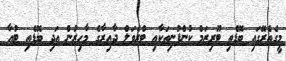
މީގެތެރޭގައި ބޮޑެތި ޓޫރިޒަމް ކުންފުނިތަކާއި ޓްރެވަލް ދާއިރާގެ މާހިރުން އަދި ބޮޑެތި ޓުއާ